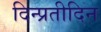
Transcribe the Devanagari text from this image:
दिन्प्रतीदिन